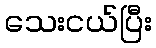
သေးငယ်ပြီး